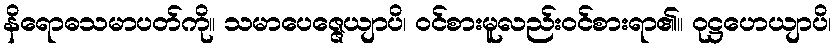
နိရောဓသမာပတ်ကို။ သမာပေဇ္ဇေယျာပိ၊ ဝင်စားမူလည်းဝင်စားရာ၏။ ဝုဋ္ဌဟေယျာပိ၊